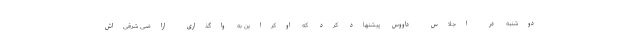
دوشنبه در اجلاس داووس پیشنهاد کرد که اوکراین به واگذاری اراضی شرقی‌اش